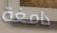
دامغة